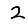
Digit: 2